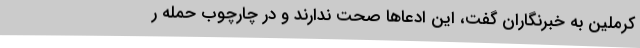
کرملین به خبرنگاران گفت، این ادعاها صحت ندارند و در چارچوب حمله ر